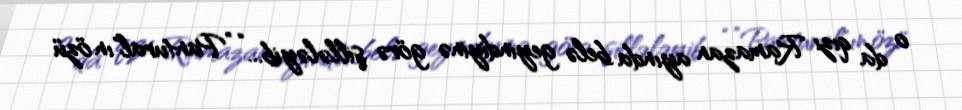
o da qızı Ramazan ayında belə geyindiyinə görə şillələyib... “”Pantural"ın özü